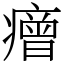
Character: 𤺧